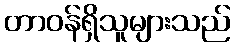
တာဝန်ရှိသူများသည်